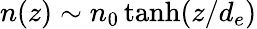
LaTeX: n(z)\sim n_{0}\operatorname{tanh}(z/d_{e})